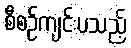
စီစဉ်ကျင်းပသည့်